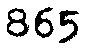
865